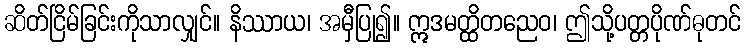
ဆိတ်ငြိမ်ခြင်းကိုသာလျှင်။ နိဿာယ၊ အမှီပြု၍။ ဣဒမတ္ထိတညေဝ၊ ဤသို့ပတ္တပိုဏ်ဓုတင်